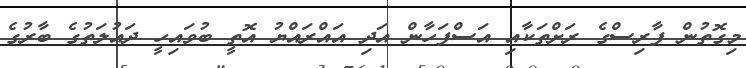
މިގޮތުން ފާރިސްގެ ރަށްތަކާއި އަސްފަހާން އަދި އައްރައްޔު އޮތީ ބުވައިހީ ދައުލަތުގެ ބާރުގެ